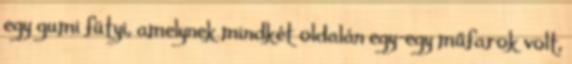
egy gumi fütyi, amelynek mindkét oldalán egy-egy műfarok volt,